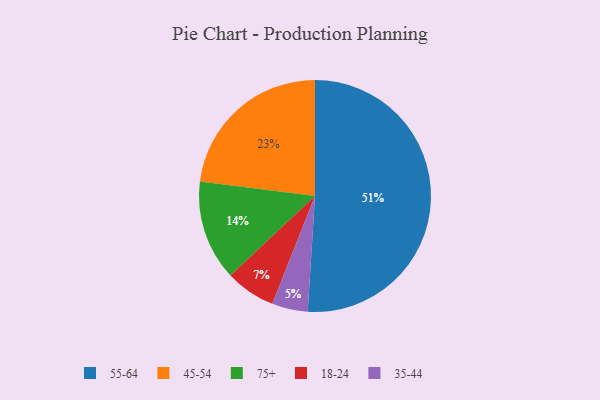
{"axis": {"x": "Category", "y": "Percentage"}, "legend": ["18-24", "35-44", "45-54", "55-64", "75+"], "data": [{"x": "18-24", "y": 7, "type": "18-24"}, {"x": "35-44", "y": 5, "type": "35-44"}, {"x": "75+", "y": 14, "type": "75+"}, {"x": "55-64", "y": 51, "type": "55-64"}, {"x": "45-54", "y": 23, "type": "45-54"}]}